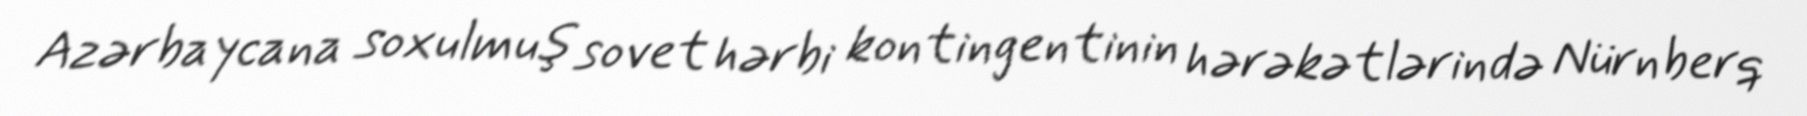
Azərbaycana soxulmuş sovet hərbi kontingentinin hərəkətlərində Nürnberq